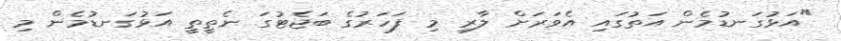
"އަޅުގަނޑުމެން އަތުގައި އެވަރަށް ލާރި މި ފަހަރުގެ ބަޖެޓުގަ ނެތީތީ އަޅުގަނޑުމެން މި